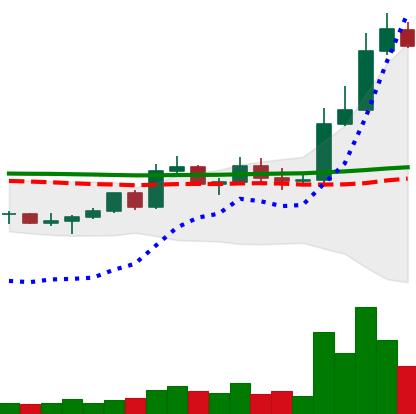
Ticker: LTC-USD
Chart end date: 2022-11-06
Forward return: -10.052%
Label: down_7plus